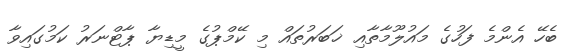
ބެހޭ އެންމެ ފަހުގެ މައުލޫމާތާއި ޚަބަރުތައް މި ކޭމްޕުގެ މީޑިޔާ ޕާޓްނަރު ކަމުގައިވާ